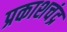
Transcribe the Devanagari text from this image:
प्रकाशचंद्र